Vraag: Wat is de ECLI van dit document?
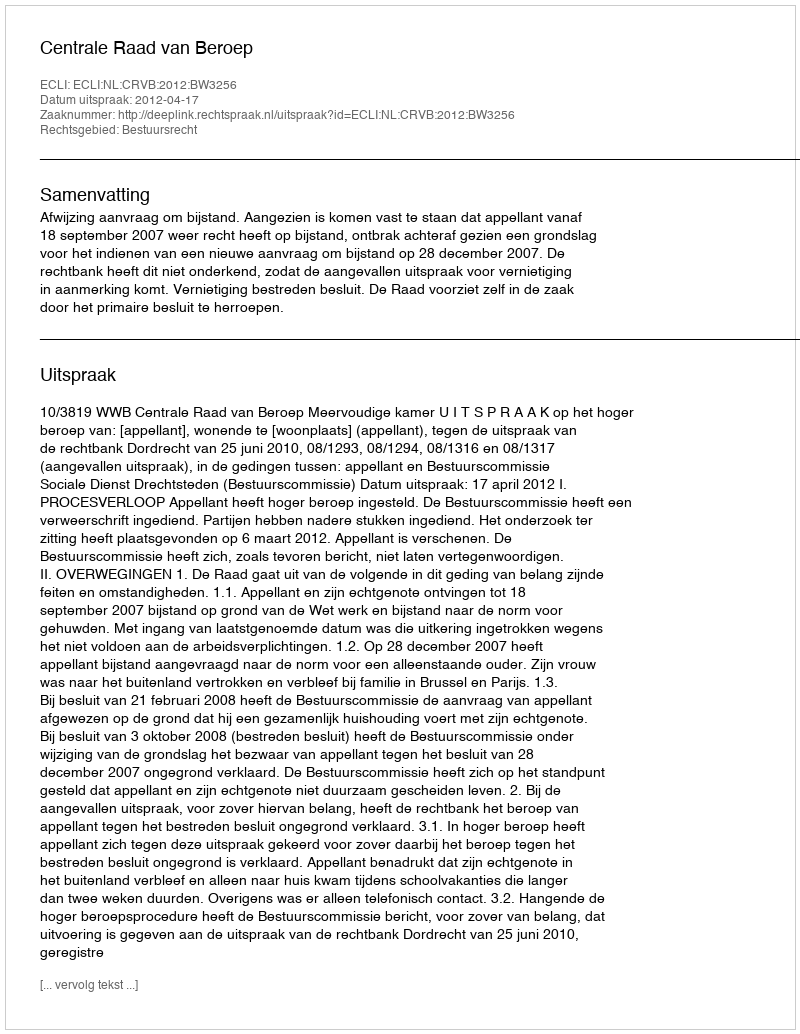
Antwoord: ECLI:NL:CRVB:2012:BW3256